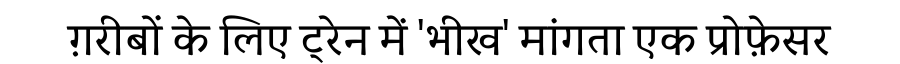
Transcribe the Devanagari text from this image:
ग़रीबों के लिए ट्रेन में 'भीख' मांगता एक प्रोफ़ेसर